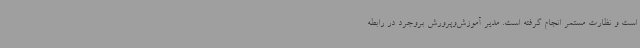
است و نظارت مستمر انجام گرفته است. مدیر آموزش‌وپرورش بروجرد در رابطه